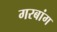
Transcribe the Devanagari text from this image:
गरबांग